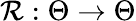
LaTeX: \mathcal{R}:\Theta\to\Theta